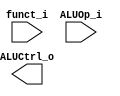
//Subject:     CO project 2 - ALU Controller
//--------------------------------------------------------------------------------
//Version:     1
//--------------------------------------------------------------------------------
//Writer:      
//----------------------------------------------
//Date:        
//----------------------------------------------
//Description: 
//--------------------------------------------------------------------------------
`timescale 1ns/1ps
module ALU_Ctrl(
          funct_i,
          ALUOp_i,
          ALUCtrl_o
          );
          
//I/O ports 
input      [6-1:0] funct_i;
input      [3-1:0] ALUOp_i;

output     [4-1:0] ALUCtrl_o;    
     
//Internal Signals
reg        [4-1:0] ALUCtrl_o;

//Parameter

       
//Select exact operation

endmodule